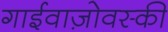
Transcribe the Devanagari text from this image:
गाईवाज़ोवस्की